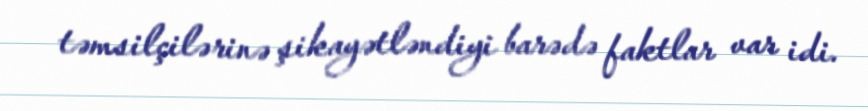
təmsilçilərinə şikayətləndiyi barədə faktlar var idi.